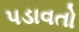
પડાવતો